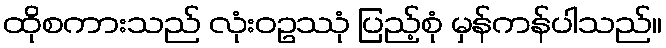
ထိုစကားသည် လုံးဝဥဿုံ ပြည့်စုံ မှန်ကန်ပါသည်။